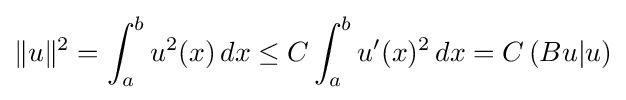
\|u\|^{2}=\int _{a}^{b}u^{2}(x)\,dx\leq C\int _{a}^{b}u'(x)^{2}\,dx=C\,(Bu|u)